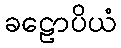
ခဠောပိယံ